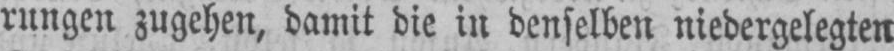
rungen zugehen, damit die in denselben niedergelegten